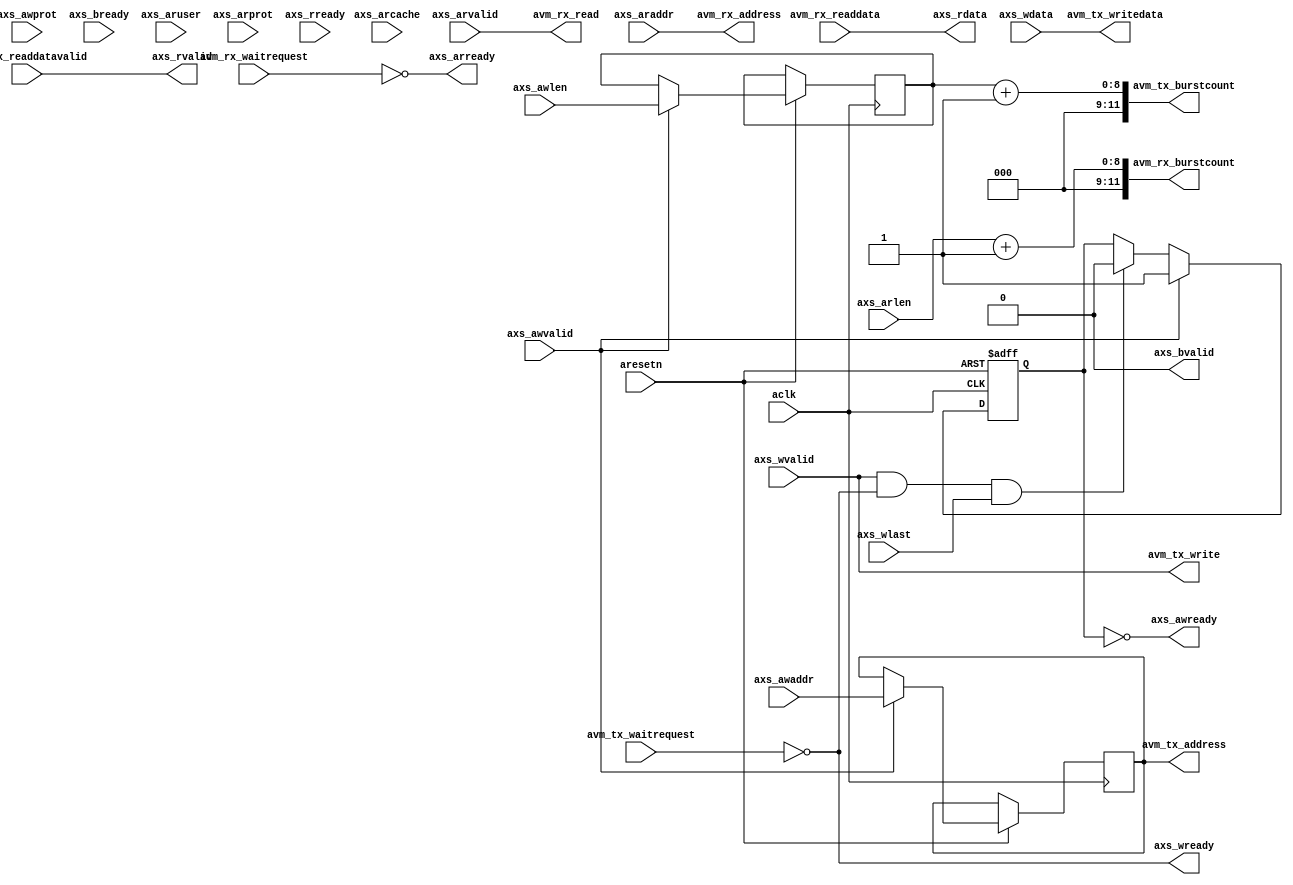
// -----------------------------------------------------------------------------
//  AXI to Avalon bus converter
// -----------------------------------------------------------------------------
//  Platform   :
//  Standard   : Verilog 2001
// -----------------------------------------------------------------------------
//  Description:
//  This block is a converter from AXI-4 burst bus to Avalon RX and TX
//  burst bus protcols. This has the minimum required signalling, plsu some
//  optional signals to handle different burst sizes and have access to cache
//  coherency features (on the read port).
// -----------------------------------------------------------------------------
//  Copyright (c) 2022 Simon Southwell
// -----------------------------------------------------------------------------
//
//  This is free software: you can redistribute it and/or modify
//  it under the terms of the GNU General Public License as published by
//  the Free Software Foundation, either version 3 of the License, or
//  (at your option) any later version.
//
//  It is distributed in the hope that it will be useful,
//  but WITHOUT ANY WARRANTY; without even the implied warranty of
//  MERCHANTABILITY or FITNESS FOR A PARTICULAR PURPOSE. See the
//  GNU General Public License for more details.
//
//  You should have received a copy of the GNU General Public License
//  along with this code. If not, see <http://www.gnu.org/licenses/>.
//
// -----------------------------------------------------------------------------

`timescale 1ns / 10ps

`ifndef RESET
//`RESET
`define RESET or negedge reset_n
`endif

module axi_av_conv
(
  input                                aclk,
  input                                aresetn,

  // --- AXI-4 slave bus ---

  // AXI write address bus.
  // Optional signals, unused: AWID, AWREGION, AWSIZE, AWBURST, AWLOCK, AWCACHE, AWQOS,
  input  [31:0]                        axs_awaddr,
  input   [7:0]                        axs_awlen,   // Optional. Default length 1 (AWLEN == 0)
  input   [2:0]                        axs_awprot,
  input                                axs_awvalid,
  output                               axs_awready,

  // AXI write data bus.
  // Optional signals, unused: WSTRB
  input  [31:0]                        axs_wdata,
  input                                axs_wlast,
  input                                axs_wvalid,
  output                               axs_wready,

  // AXI write response bus.
  // Optional signals, unused: BID, BRESP
  output                               axs_bvalid,
  input                                axs_bready,

  // AXI read address bus.
  // Optional signals, unused: ARID, ARREGION, ARSIZE, ARBURST, ARLOCK, ARQOS
  input  [31:0]                        axs_araddr,
  input   [7:0]                        axs_arlen,   // Optional. Default length 1 (ARLEN == 0)
  input   [3:0]                        axs_arcache, // Optional. Used for cache coherency
  input                                axs_aruser,  // Optional. Used for cache coherency
  input   [2:0]                        axs_arprot,
  input                                axs_arvalid,
  output                               axs_arready,

  // AXI read data bus.
  // Optional signals, unused: RID, RRSEP, RLAST
  output [31:0]                        axs_rdata,
  output                               axs_rvalid,
  input                                axs_rready,

  // --- Avalon burst bussses ---

  // Burst read master interface
  input                                avm_rx_waitrequest,
  output [11:0]                        avm_rx_burstcount,
  output [31:0]                        avm_rx_address,
  output                               avm_rx_read,
  input  [31:0]                        avm_rx_readdata,
  input                                avm_rx_readdatavalid,

  // Burst write master interface
  input                                avm_tx_waitrequest,
  output [11:0]                        avm_tx_burstcount,
  output [31:0]                        avm_tx_address,
  output                               avm_tx_write,
  output [31:0]                        avm_tx_writedata
);

// ---------------------------------------------
// Registers
// ---------------------------------------------

reg  [7:0]                             axs_awlen_held;
reg [31:0]                             axs_awaddr_held;
reg                                    axs_wr_busy;

// ---------------------------------------------
// ---------------------------------------------

wire   clk                             = aclk;
wire   reset_n                         = aresetn;

// ---------------------------------------------
// Tie off unused outputs
// ---------------------------------------------
assign axs_bvalid                      = 1'b0;

// ---------------------------------------------
// Convert AXI bus signalling to Avalon bus
// ---------------------------------------------

// Read data command
assign avm_rx_address                  = axs_araddr;
assign avm_rx_burstcount               = {3'h0, {1'b0, axs_arlen} + 9'h01};
assign avm_rx_read                     = axs_arvalid;
assign axs_arready                     = ~avm_rx_waitrequest;

// Read data
assign axs_rdata                       = avm_rx_readdata;
assign axs_rvalid                      = avm_rx_readdatavalid;

// Write data command
assign axs_awready                     = ~axs_wr_busy;
assign avm_tx_burstcount               = {3'h0, {1'b0, axs_awlen_held} + 9'h01};
assign avm_tx_address                  = axs_awaddr_held;

// Write data
assign axs_wready                      = ~avm_tx_waitrequest;
assign avm_tx_write                    = axs_wvalid;
assign avm_tx_writedata                = axs_wdata;

// ---------------------------------------------
// Process to align write command data for 
// Avalon protocols, and flag when bus is busy.
// ---------------------------------------------
always @(posedge clk `RESET)
begin
  if (reset_n == 1'b0)
  begin
    axs_wr_busy                        <= 1'b0;
  end
  else
  begin
    // Clear busy status when last write data comes past
    if (axs_wvalid & axs_wready & axs_wlast)
    begin
      axs_wr_busy                      <= 1'b0;
    end

    // On a write command, store address and length and set
    // the busy flag.
    if (axs_awvalid)
    begin
      axs_awlen_held                   <= axs_awlen;
      axs_awaddr_held                  <= axs_awaddr;
      axs_wr_busy                      <= 1'b1;
    end
  end
end

endmodule